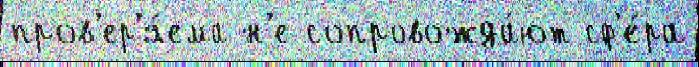
пров'ер'я́ема н'е сопровожда́ют сф'е́ра